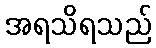
အရသိရသည်